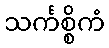
သင်္ကစ္စိကံ